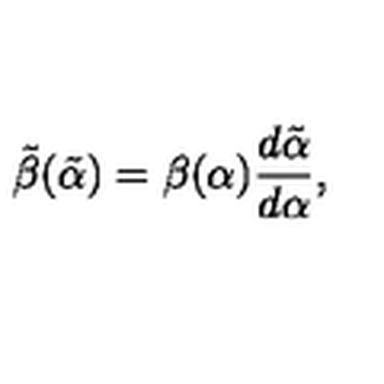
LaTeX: \tilde { \beta } ( \tilde { \alpha } ) = \beta ( \alpha ) \frac { d \tilde { \alpha } } { d \alpha } ,